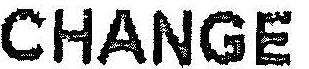
CHANGE